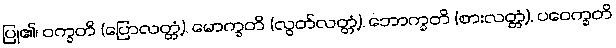
ပြု၏၊ ဝက္ခတိ (ပြောလတ္တံ့), မောက္ခတိ (လွတ်လတ္တံ့), ဘောက္ခတိ (စားလတ္တံ့), ပဝေက္ခတိ